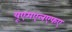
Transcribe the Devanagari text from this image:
यूएमएलएफए